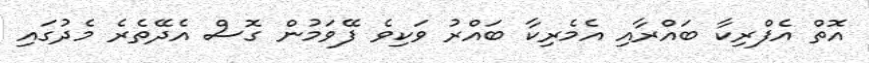
އޮތް އެފްރިކާ ބައްރާއި އެމެރިކާ ބައްރު ވަކިވެ ފޭވަމުން ގޮސް އެދޭތެރެ މެދުގައި